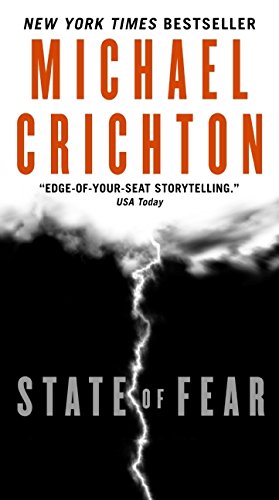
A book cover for State of Fear; Michael Crichton; Mystery, Thriller & Suspense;